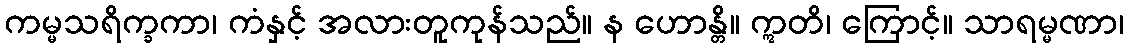
ကမ္မသရိက္ခကာ၊ ကံနှင့် အလားတူကုန်သည်။ န ဟောန္တိ။ ဣတိ၊ ကြောင့်။ သာရမ္မဏာ၊